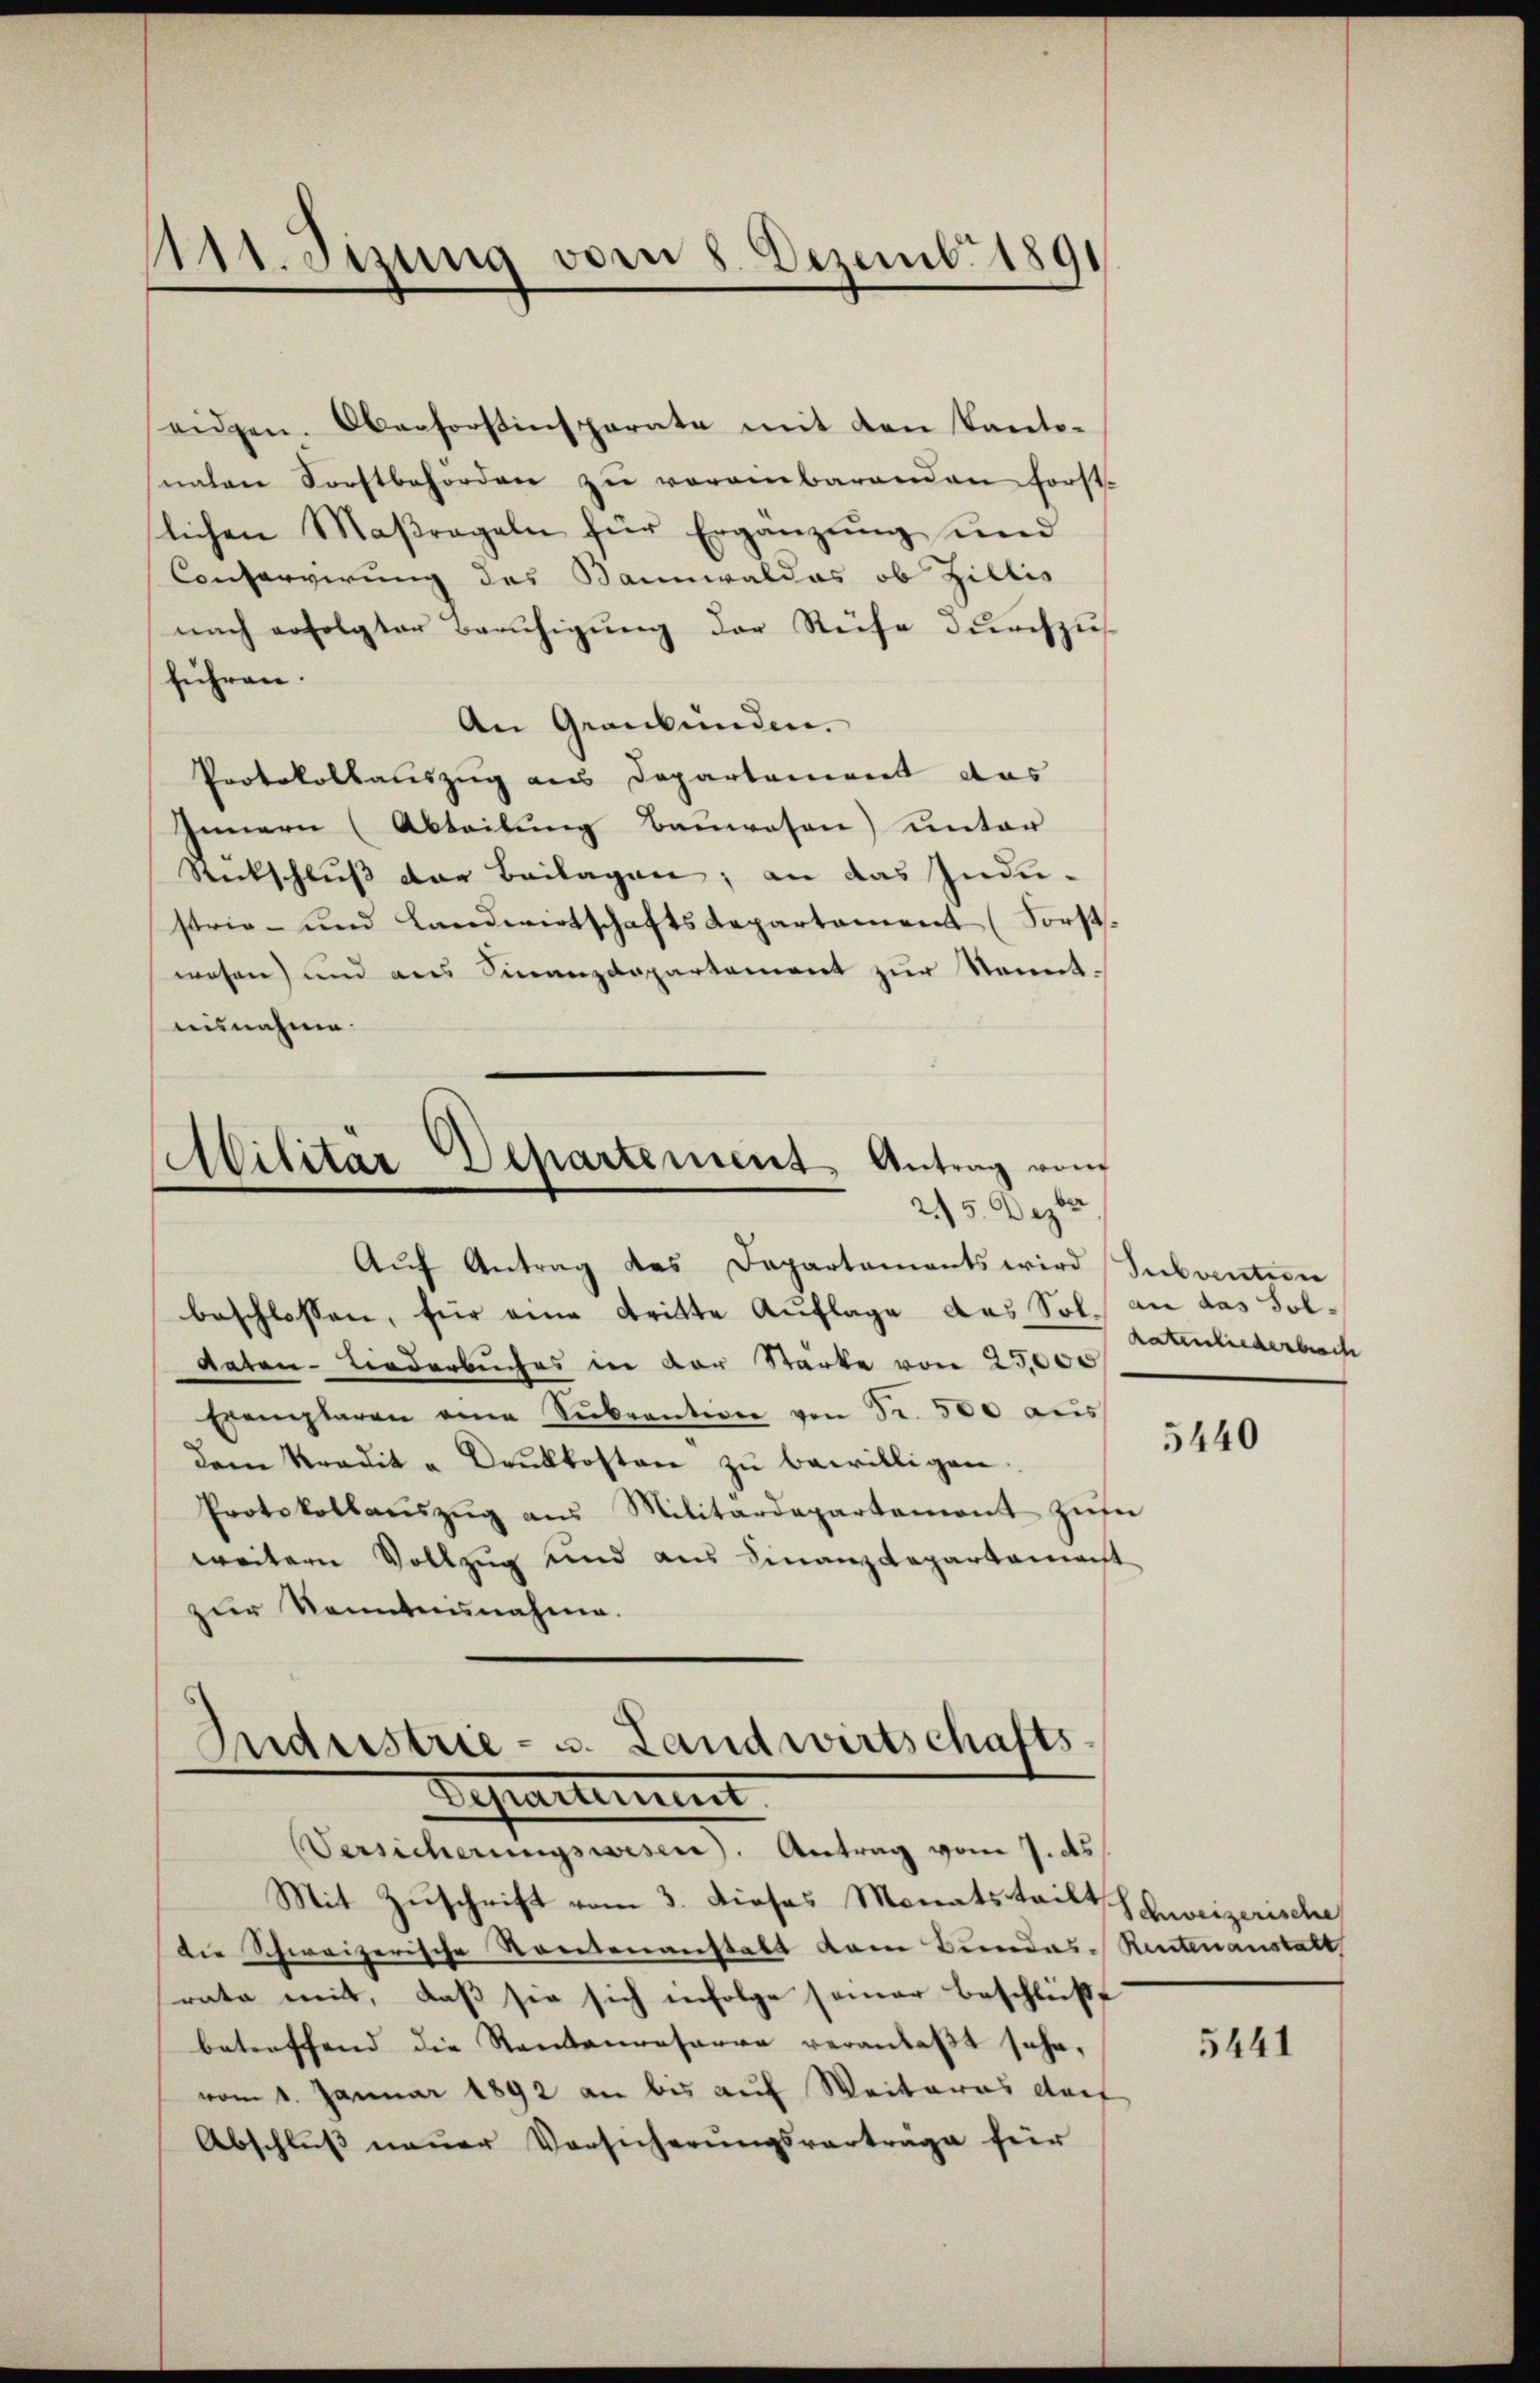
111. Sizung vom 8. Dezemb. 1891

eidgen. Oberforstinsparate mit den Kanto-
naten Forstbehörden zu vereinbarenden Forst-
lichen Maßregeln für Ergänzŭng und
Conservirung des Bannwaldes ob Zillis
nach erfolgter Beruhigung der Reise durchzusführen.
An Graubünden.
Protokollauszug aus Departement das
Innern (Abteilung Bauwesen) unter
Rückschluß der Beilagen; an das Indu-
strie- und Landwirtschafts Repartement (Forst-
wesen) und aus Finanzdepartement zur Sennt-
uisnahme.

Militär Departement Antrag vom
25. Dezbr
Aŭf Antrag des Departaments wird Subvention

Industrie- u. Landwirtschafts-
Departement
Versicherungswesen. Antrag vom 7. ds

beschlossen, für eine dritte Auflage das Sol an das Sol¬
Aaton-Liederbuches in der Stärke von 25,000
Exemplaren eine Sŭbvention von Fr. 500 aŭs
dem Kredit " Drŭkkosten zŭ bewilligen.
Protokollaŭszŭg aŭs Militärdepartement zŭr
weitern Vollzug und aus Finanzdepartamenst
zur Kenntnisnahme.

Mit Zuschrift vom 3. dieses Monatsteilt,
Die Schweizerische Kontenanstalt dem Bundes-Rentenanstatt
rata mit, daß sie sich infolge seiner beschließt
betreffend die Rentenresarea veranlaßt sehe,
vom 1. Januar 1892 an bis auf Weiteres durf
Abschluß neuer Vorsicherŭngsvorträge für

Ratenliederbrach

5440

Schweizerische

5441